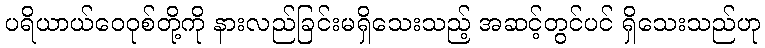
ပရိယာယ်ဝေဝုစ်တို့ကို နားလည်ခြင်းမရှိသေးသည့် အဆင့်တွင်ပင် ရှိသေးသည်ဟု